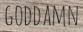
GODDAMN